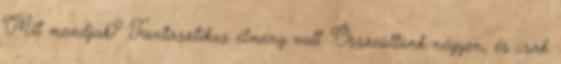
Mit mondjak? Fantasztikus élmény volt. Összeültünk négyen, és csak